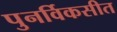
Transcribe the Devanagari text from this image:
पुनर्विकसीत